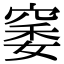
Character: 䆧